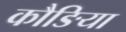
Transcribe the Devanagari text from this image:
कौङिया